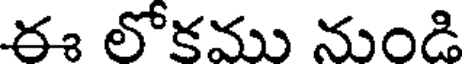
ఈ లోకము నుండి